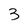
Character: 3